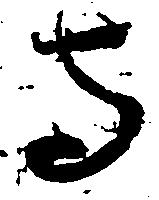
寺